Indian journal of veterinary science and animal husbandry - Volumes 15-17, 1948-1951
Year: 1948
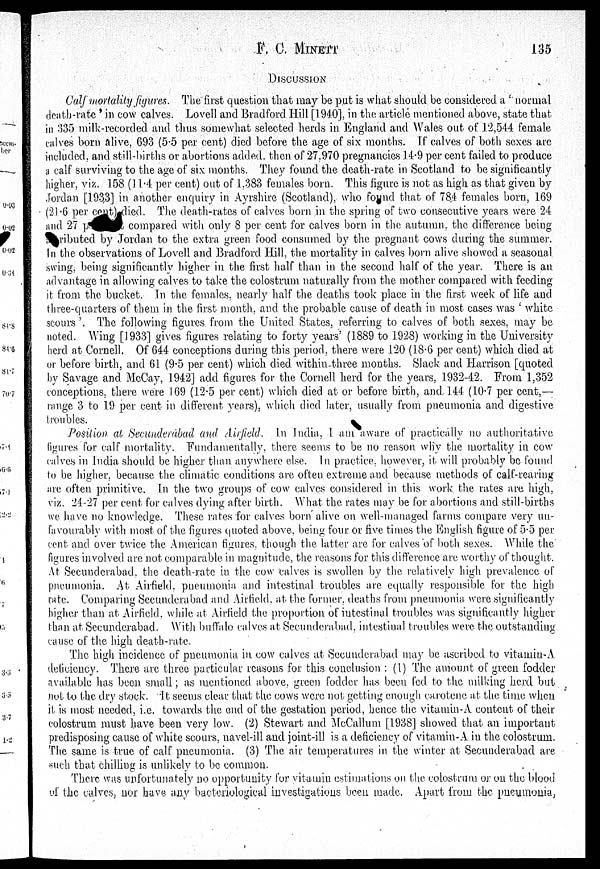
F. C. MINETT
135
DISCUSSION
Calf mortality figures. The first question that may be put is what should be considered a ' normal
death-rate in cow calves. Lovell and Bradford Hill [1940], in the article mentioned above, state that
in 335 milk-recorded and thus somewhat selected herds in England and Wales out of 12,544 female
calves born alive, 693 (5.5 per cent) died before the age of six months. If calves of both sexes are
included, and still-births or abortions added. then of 27.970 pregnancies 14.9 per cent failed to produce
a calf surviving to the age of six months. They found the death-rate in Scotland to be significantly
higher, viz. 158 (11.4 per cent) out of 1,383 females born. This figure is not as high as that given by
Jordan [193,3] in another enquiry in Ayrshire (Scotland), who found that of 78,4 females born, 169
(21 .6 per cent) died. The death-rates of calves born in the spring of two consecutive years were 24
and 27 per cent compared with only 8 per cent for calves born in the autumn, the difference being
ributed by Jordan to the extra green food consumed by the pregnant cows during the summer.
In the observations of Lovell and Bradford Hill, the mortality in calves born alive showed a seasonal
swing, being significantly higher in the first half than in the second half of the year. There is an
advantage in allowing calves to take the colostrum naturally from the mother compared with feeding
it from the bucket. In the females, nearly half the deaths took place in the first week of life and
three-quarters of them in the first month, and the probable cause of death in most cases was ' white
scours '. The following figures from the United States, referring to calves of both, sexes, may be
noted. Wing [1933] gives figures relating to forty years' (1889 to 1928) working in the University
herd at Cornell. Of 644 conceptions during this period, there were 120 (18.6 per cent) which died at
or before birth, and 61 (9.5 per cent) which died within-three months. Slack and Harrison [quoted
by Savage and McCay, 1942] add figures for the Cornell herd for the years, 1932-42. From 1,352
conceptions, there were 169 (12.5 per cent) which died at or before birth, and 144 (10.7 per cent,—
range 3 to 19 per cent in different years), which died later, usually from pneumonia and digestive
troubles.
Position at, Secunderabad and Airfield. In India, I am aware of practically no authoritative
figures for calf mortality. Fundamentally, there seems to be no reason why the mortality in cow
calves in India should be higher than anywhere else. In practice, however, it will probably be found
to be higher, because the climatic conditions are often extreme and because methods of calf-rearing
are often primitive. In the two groups of cow calves considered in this work the rates are high,
viz. 24-27 per cent for calves dying after birth. What the rates may be for abortions and still-births
we have no knowledge. These rates for calves born alive on well-managed farms compare very un-
favourably with most of the figures quoted above, being four or five times the English figure of 5.5 per-
cent and over twice the American figures, though the latter are for calves of both, sexes. While the
figures involved are not comparable in magnitude, the reasons for this difference are worthy of thought.
At Secunderabad, the death-rate in the cow calves is swollen by the relatively high prevalence of
pneumonia. At Airfield, pneumonia and intestinal troubles are equally responsible for the high
rate. Comparing Secunderabad and Airfield, at the former, deaths from pneumonia were significantly
higher than at Airfield, while at Airfield the proportion of intestinal troubles was significantly higher
than at Secundcrabad. With buffalo calves at Secunderabad, intestinal troubles were the outstanding
cause of the. high death-rate.
The high incidence of pneumonia in cow calves at Secunderabad may be ascribed to vitamin-A
deficiency. There are three particular reasons for this conclusion : (I) The amount of green fodder
available has been small; as mentioned above, green fodder has been fed. to the milking herd but
not to the dry stock. It seems clear that the cows were not getting enough carotene at the time when
it is most needed, i.e. towards the end of the gestation period, hence the vitamin-A content of their
colostrum must have been very low. (2) Stewart and McCallum [1938] showed that an important
predisposing cause of white scours, navel-ill and joint-ill is a deficiency of vitamin-A in the colostrum.
The same is true of calf pneumonia. (3) The air temperatures in the winter at Secunderabad are
such that chilling is unlikely to be common.
There was unfortunately no opportunity for vitamin estimations on the colostrum or on the blood
of the calves, nor have any bacteriological investigations been made. Apart from the pneumonia,